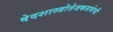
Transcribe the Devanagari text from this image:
वेदशास्त्रोत्तेजकसभेची